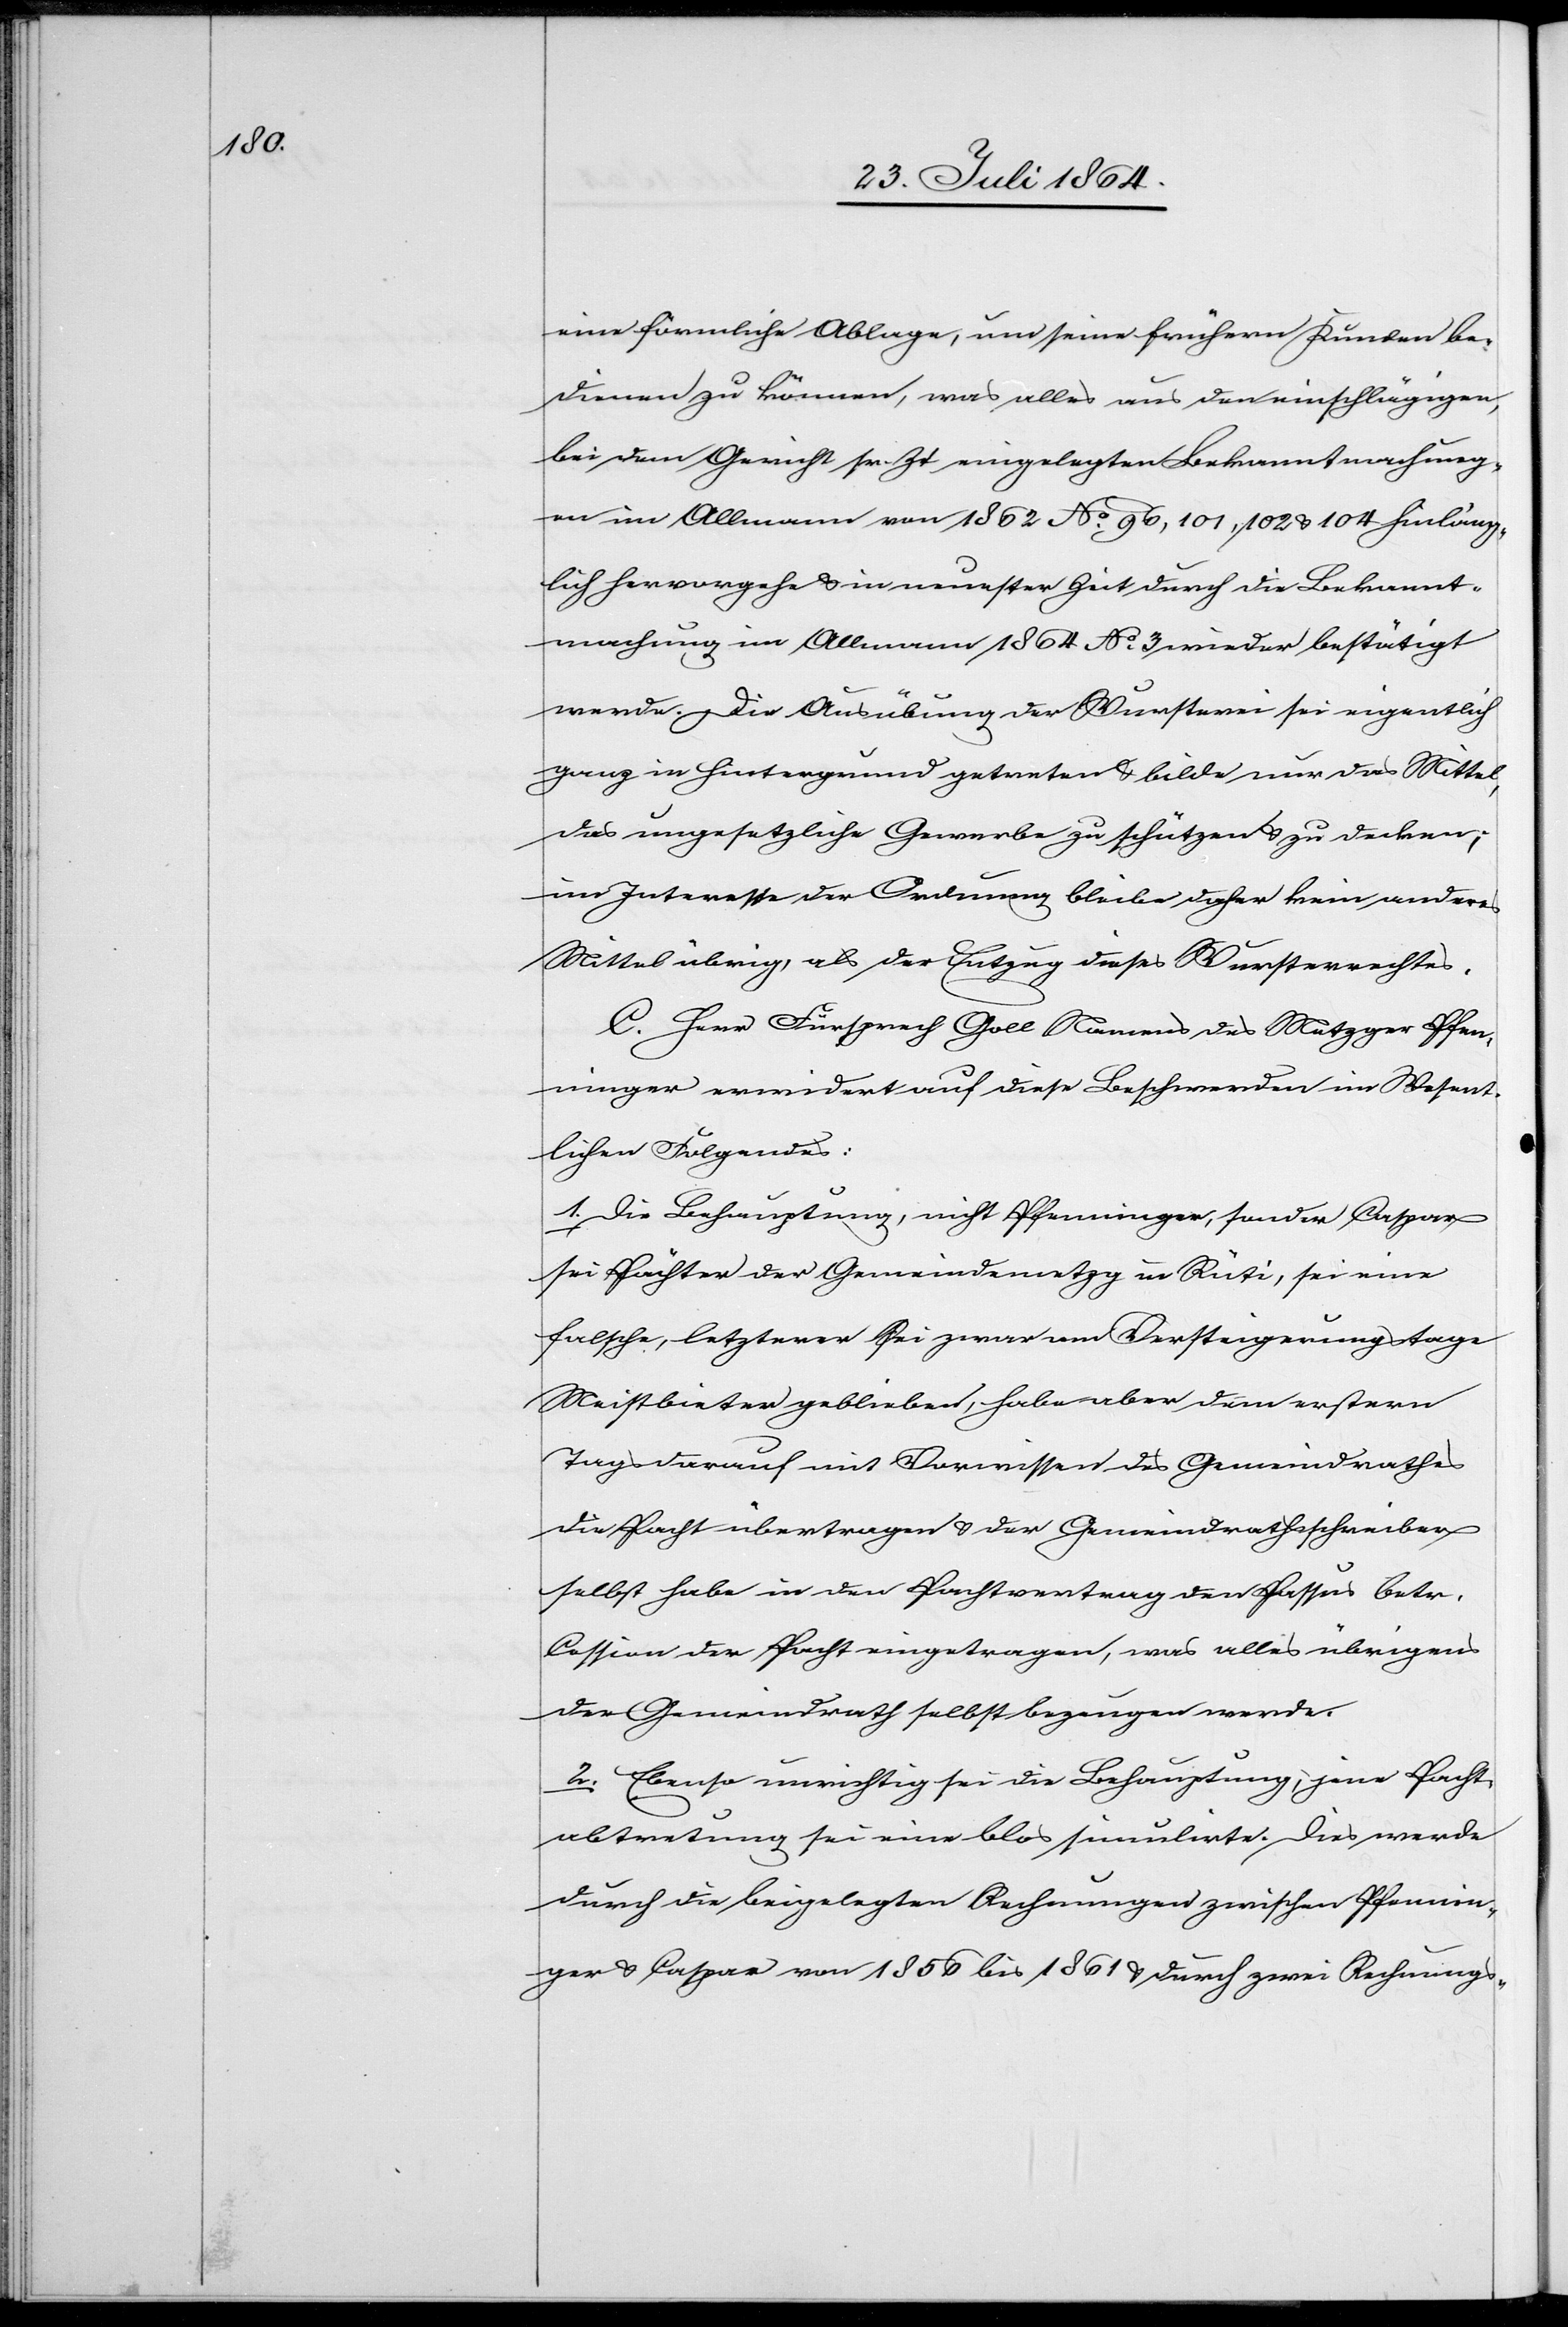
eine förmliche Ablage, um seine frühern Kunden be¬
dienen zu können, was alles aus den einschlägigen
bei den Gericht sr. Zt. eingelagerten Bekanntmachung¬
en im Allmann von 1862 No. 96, 101, 102 & 104 hinläng¬
lich hervorgehe & in neuester Zeit durch die Bekannt¬
machung im Allmann 1864 No. 3 wieder bestätigt
werde. Die Ausübung der Wursterei sei eigentlich
ganz in Hintergrund getreten & bilde nur das Mittel,
das ungesetzliche Gewerbe zu schützen & zu decken;
im Interesse der Ordnung bleibe daher kein anderes
Mittel übrig, als der Entzug dieses Wursterrechtes.
C. Herr Fürsprech Goll Namens des Metzger Pfen¬
ninger erwidert auf diese Beschwerden im Wesent¬
lichen Folgendes:
1. Die Behauptung, nicht Pfenninger, sondern Caspar
sei Pächter der Gemeindemetzg in Rüti, sei eine
falsche, letzterer sei zwar am Versteigerungstage
Meistbietender geblieben, habe aber dann erstern
Tags darauf mit Vorwissen des Gemeindrathes
die Pacht übertragen & der Gemeindrathsscheiber
selbst habe in der Pachtordnung den Passus betr.
Cassion der Pacht eingetragen, was alles übrigens
der Gemeindrath selbst bezeugen werde.
2. Ebenso unrichtig sei die Behauptung, jene Pacht¬
abtretung sei eine blos simulirte. Dies werde
durch die beigelegten Rechnungen zwischen Pfennin¬
ger & Caspar von 1856 bis 1861 durch zwei Rechnungs-